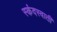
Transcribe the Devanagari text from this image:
स्कंदस्वाती